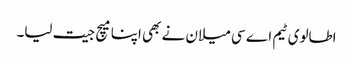
اطالوی ٹیم اے سی میلان نے بھی اپنا میچ جیت لیا۔